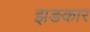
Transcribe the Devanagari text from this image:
झङकार